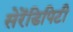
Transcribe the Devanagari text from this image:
सेरेंडिपिटी